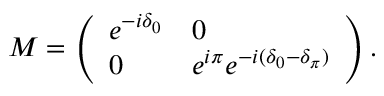
M = \left( \begin{array} { l l } { e ^ { - i \delta _ { 0 } } } & { 0 } \\ { 0 } & { e ^ { i \pi } e ^ { - i ( \delta _ { 0 } - \delta _ { \pi } ) } } \end{array} \right) .